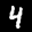
Label: 4